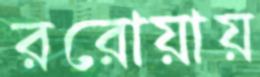
ররোয়ায়